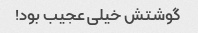
گوشتش خیلی عجیب بود!